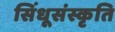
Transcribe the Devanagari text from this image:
सिंधूसंस्कृति